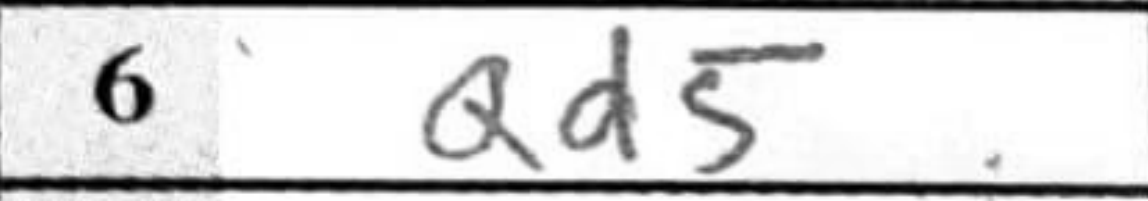
Transcription: Qd5